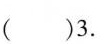
( )3.